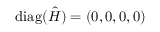
\mathrm { d i a g } ( \hat { H } ) = ( 0 , 0 , 0 , 0 )